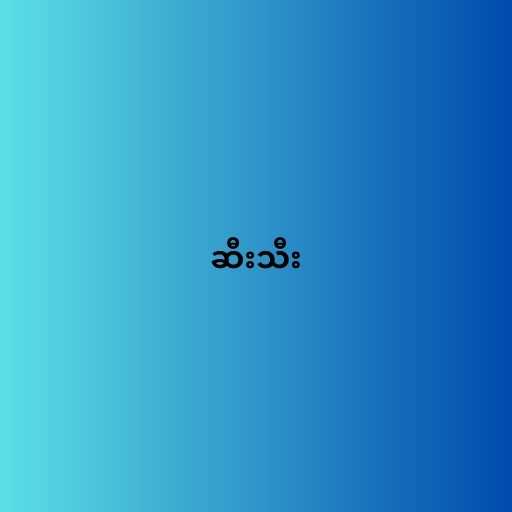
ဆီးသီး